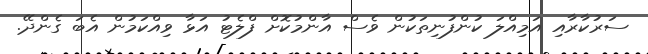
ސަރުކާރާއި އަމިއްލަ ކުންފުނިތަކުން ވެސް އާންމުކޮށް ފްލެޓު އަޅާ ވިއްކަމުން އެބަ ގެންދޭ.